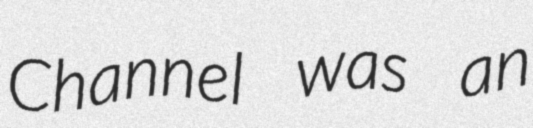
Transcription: Channel was an